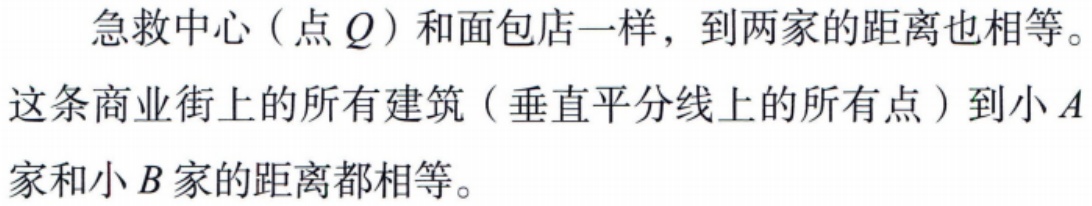
急救中心（点 \(Q\)）和面包店一样，到两家的距离也相等。
这条商业街上的所有建筑（垂直平分线上的所有点）到小 \(A\) 家和小 \(B\) 家的距离都相等。